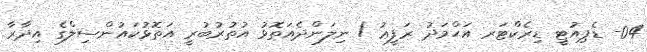
04- ޑެޕިއުޓީ ޑިރެކްޓަރ އަޙްމަދު ރަފީޢު / ނިލަންދެއަތޮޅު އުތުރުބުރީ އަތޮޅުކައުންސިލްގެ އިދާރާ